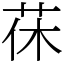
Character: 茠